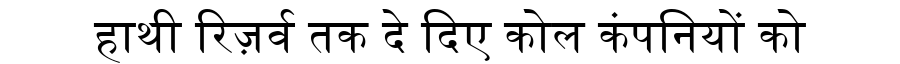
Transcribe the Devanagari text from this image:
हाथी रिज़र्व तक दे दिए कोल कंपनियों को